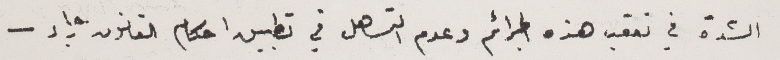
الشدة في تعقب هذه الجرائم وعدم التساهل في تطبيق احكام القانون رجاء